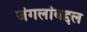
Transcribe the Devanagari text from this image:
जंगलांबद्दल